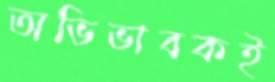
অভিভাবকই